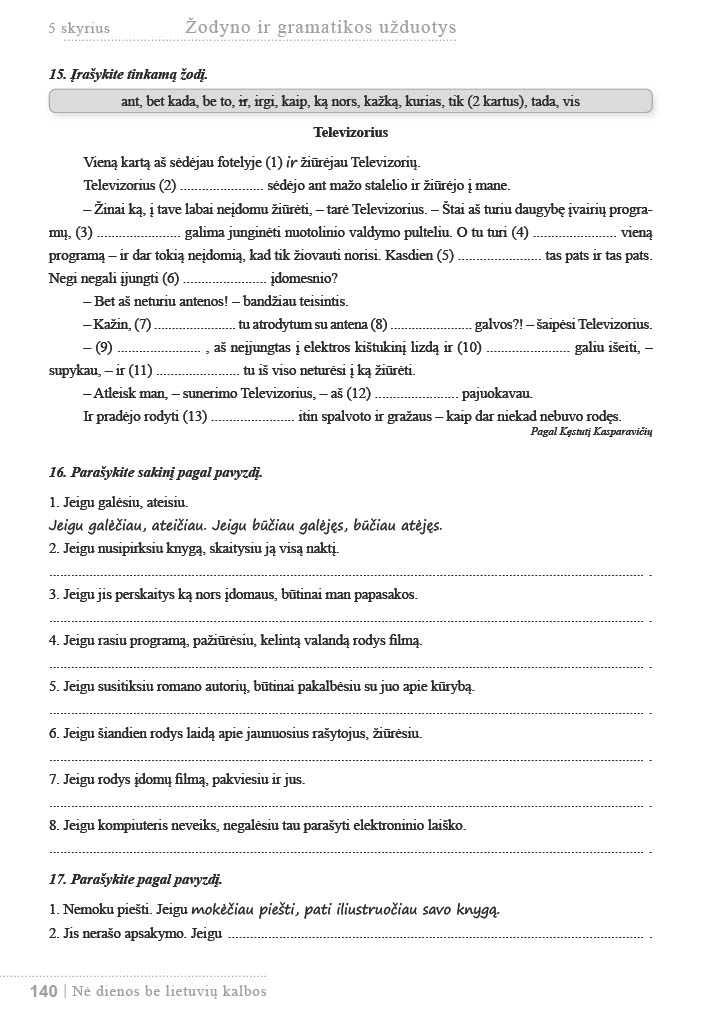
Language: lt